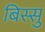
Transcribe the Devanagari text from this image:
बिस्सु